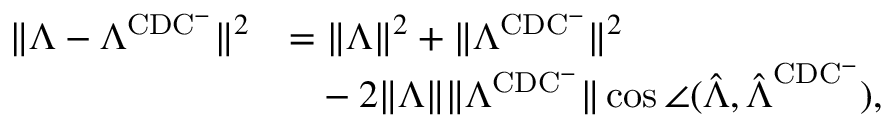
\begin{array} { r l } { \lVert \boldsymbol { \Lambda } - \boldsymbol { \Lambda } ^ { \mathrm { C D C ^ { - } } } \rVert ^ { 2 } } & { = \lVert \boldsymbol { \Lambda } \rVert ^ { 2 } + \lVert \boldsymbol { \Lambda } ^ { \mathrm { C D C ^ { - } } } \rVert ^ { 2 } } \\ & { \phantom { = } - 2 \lVert \boldsymbol { \Lambda } \rVert \lVert \boldsymbol { \Lambda } ^ { \mathrm { C D C ^ { - } } } \rVert \cos \angle ( \hat { \boldsymbol { \Lambda } } , \hat { \boldsymbol { \Lambda } } ^ { \mathrm { C D C ^ { - } } } ) , } \end{array}